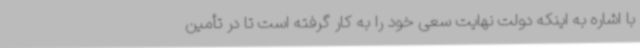
با اشاره به اینکه دولت نهایت سعی خود را به کار گرفته است تا در تأمین